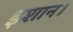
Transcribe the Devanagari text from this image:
इशान।